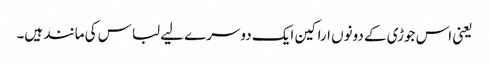
یعنی اس جوڑی کے دونوں اراکین ایک دوسرے لیے لباس کی مانند ہیں۔